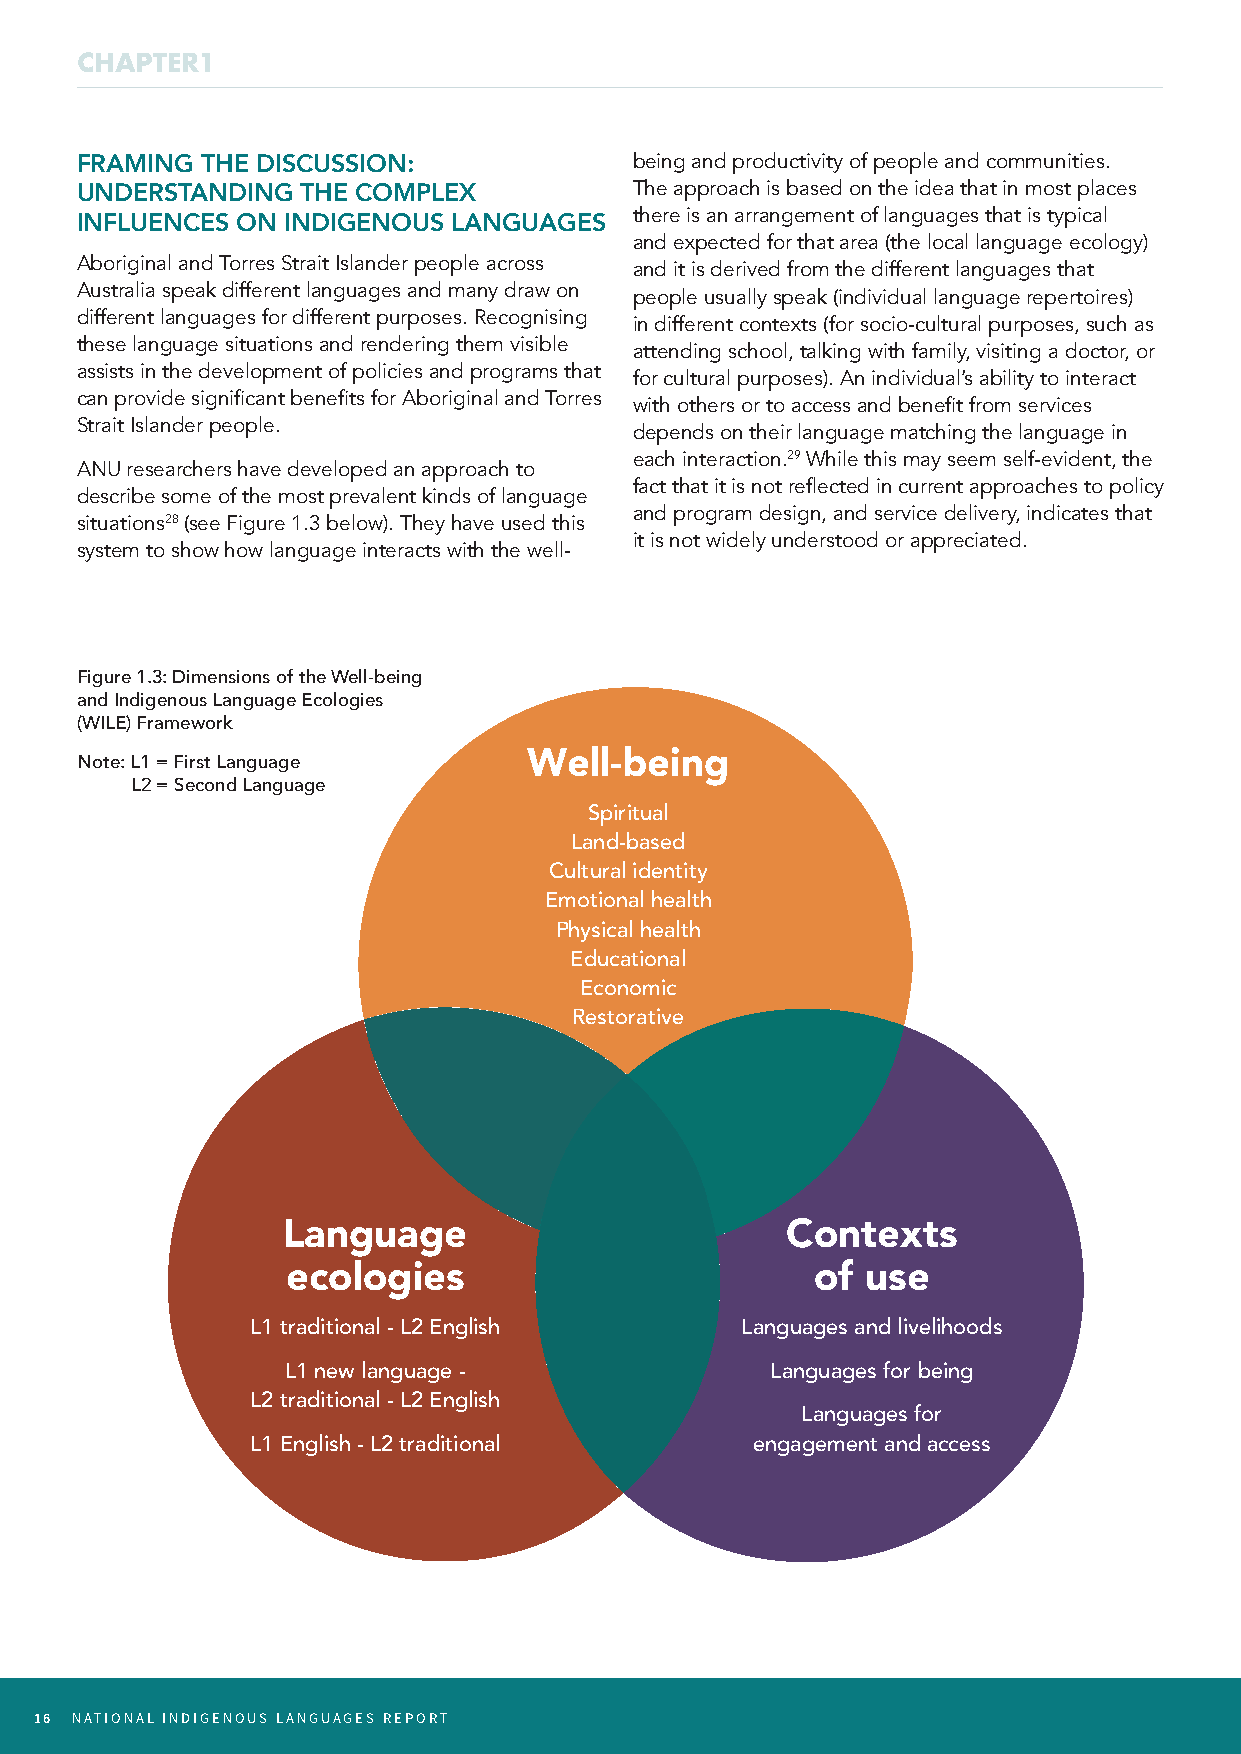
CHAPTER1
 FRAMING THE DISCUSSION:              being and productivity of people and communities.
 The approach is based on the idea that in most places
 UNDERSTANDING  THE COMPLEX
 there is an arrangement of languages that is typical
 INFLUENCES ON INDIGENOUS LANGUAGES
 and expected for that area (the local language ecology)
 Aboriginal and Torres Strait Islander people across
 and it is derived from the different languages that
 Australia speak different languages and many draw on
 people usually speak (individual language repertoires)
 different languages for different purposes. Recognising
 in different contexts (for socio-cultural purposes, such as
 these language situations and rendering them visible
 attending school, talking with family, visiting a doctor, or
 assists in the development of policies and programs that
 for cultural purposes). An individual’s ability to interact
 can provide significant benefits for Aboriginal and Torres
 with others or to access and benefit from services
 Strait Islander people.
 depends on their language matching the language in
 each interaction.29 While this may seem self-evident, the
 ANU researchers have developed an approach to
 fact that it is not reflected in current approaches to policy
 describe some of the most prevalent kinds of language
 and program design, and service delivery, indicates that
 situations28 (see Figure 1.3 below). They have used this
 it is not widely understood or appreciated.
 system to show how language interacts with the well-
 Figure 1.3: Dimensions of the Well-being
 and Indigenous Language Ecologies
 (WILE) Framework
 Note: L1 = First Language     Well-being
 L2 = Second Language
 Spiritual
 Land-based
 Cultural identity
 Emotional health
 Physical health
 Educational
 Economic
 Restorative
 Language                         Contexts
 ecologies                          of use
 L1 traditional - L2 English     Languages and livelihoods
 L1 new language -               Languages for being
 L2 traditional - L2 English
 Languages for
 L1 English - L2 traditional      engagement and access
 16 NATIONAL INDIGENOUS LANGUAGES REPORT